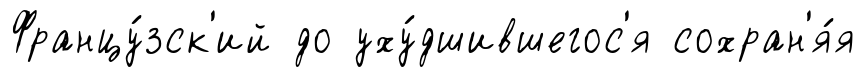
Францу́зск'ий до уху́дшившегос'я сохран'я́я